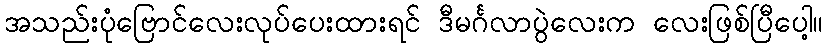
အသည်းပုံဗြောင်လေးလုပ်ပေးထားရင် ဒီမင်္ဂလာပွဲလေးက လေးဖြစ်ပြီပေါ့။